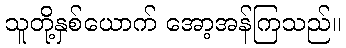
သူတို့နှစ်ယောက် အော့အန်ကြသည်။